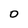
Character: 0